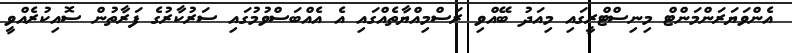
އެންވަޔަރަންމަންޓް މިނިސްޓްރީގައި މިއަދު ބޭއްވި ރަސްމިއްޔާތެއްގައި އެ އެއްބަސްވުމުގައި ސަރުކާރުގެ ފަރާތުން ސޮއިކުރެއްވީ